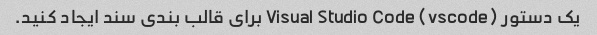
یک دستور Visual Studio Code (vscode) برای قالب بندی سند ایجاد کنید.